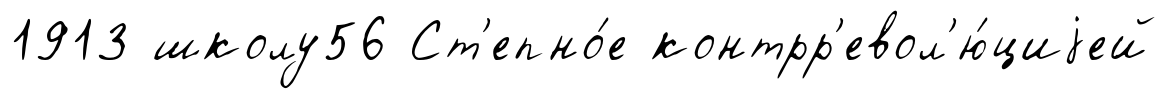
1913 школу56 Ст'епно́е контрр'евол'ю́циjей